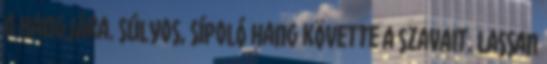
a hangjára. Súlyos, sípoló hang követte a szavait. Lassan